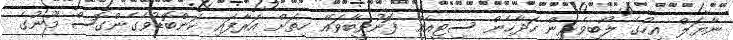
ނާޔަލް އިހުގެ ލޯބިވެރިން ހަދާހެން ސިޓީއެއް ފޮނުވީބާވައޭ ހިތަށް އަރާފައި ކަންބޮޑުވެގެންގޮސް މޫނުގެ